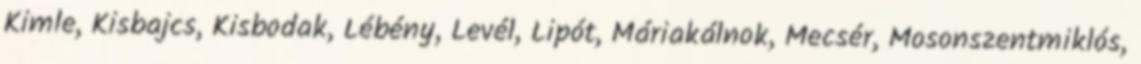
Kimle, Kisbajcs, Kisbodak, Lébény, Levél, Lipót, Máriakálnok, Mecsér, Mosonszentmiklós,